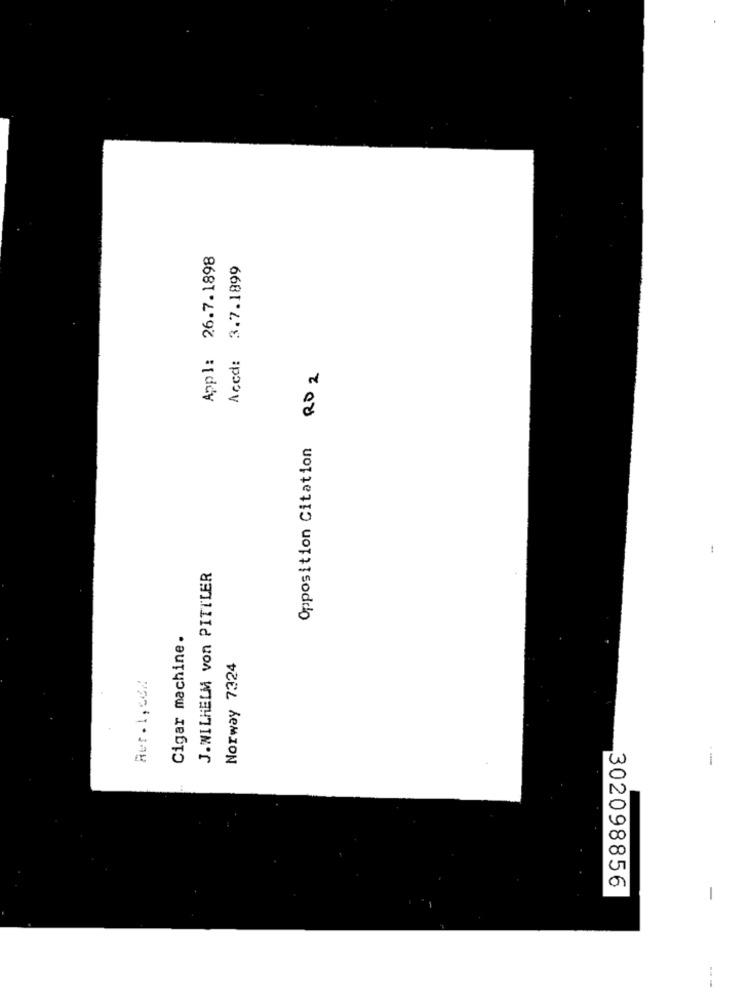
Appl: 26.7.1898
Aced: 3.7.1899
Opposition Citation RD 2
-
J.WILHELM von PITTLER
Cigar machine.
Norway 7324
Rer.1,66/
302098856